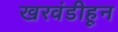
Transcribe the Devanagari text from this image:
खरवंडीहून